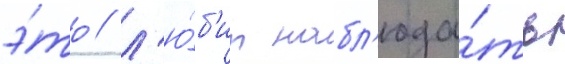
э́то / л'ю́б'ит набл'юда́ть